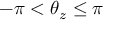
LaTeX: - \pi < \theta _ { z } \leq \pi